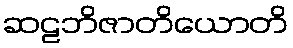
ဆဠဘိဇာတိယောတိ